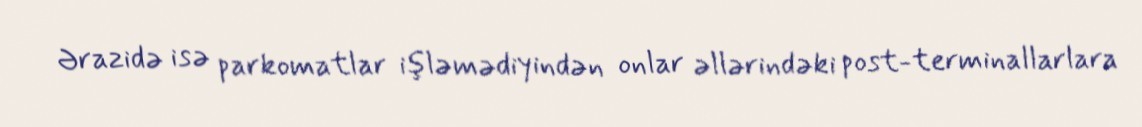
Ərazidə isə parkomatlar işləmədiyindən onlar əllərindəki post-terminallarlara